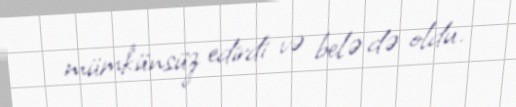
mümkünsüz edirdi və belə də oldu.